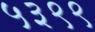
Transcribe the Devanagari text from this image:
५३९९